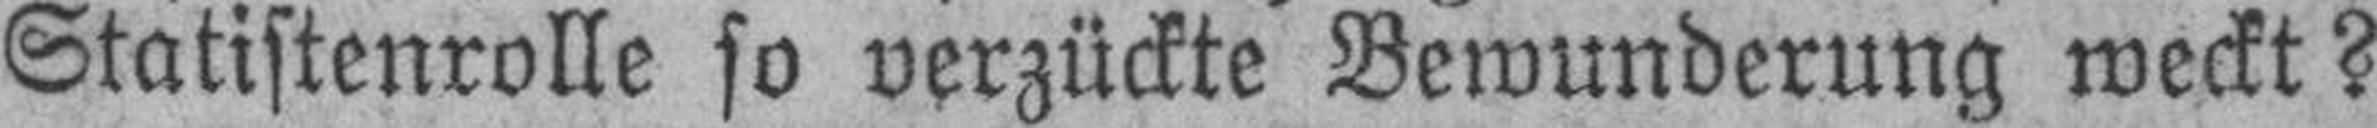
Statistenrolle so verzückte Bewunderung weckt?